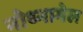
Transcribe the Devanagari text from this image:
नोथ्नागेल